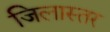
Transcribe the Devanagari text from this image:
जिलास्तर